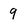
Character: 9